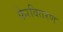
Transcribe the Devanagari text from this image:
फेरवितरण